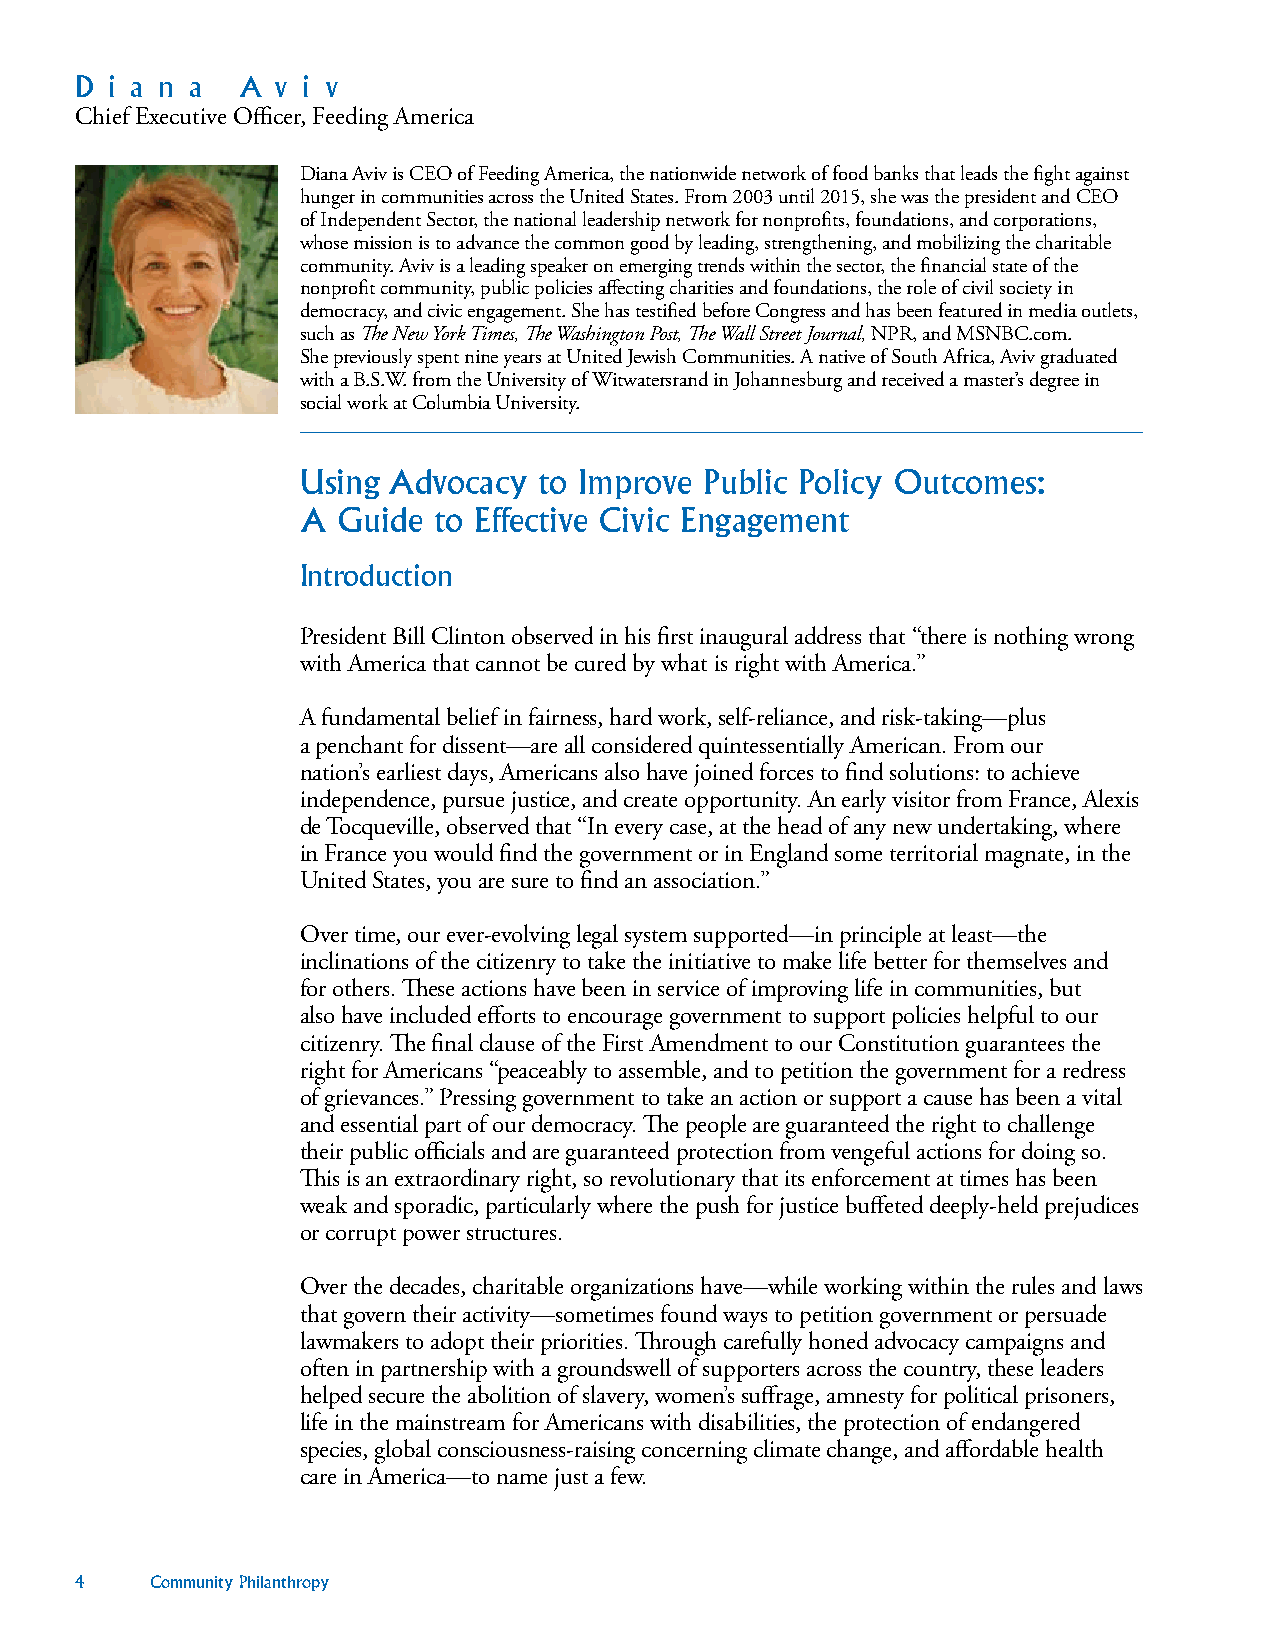
D i a n a  A v i v
 Chief Executive Officer, Feeding America
 Diana Aviv is CEO of Feeding America, the nationwide network of food banks that leads the fight against
 hunger in communities across the United States. From 2003 until 2015, she was the president and CEO
 of Independent Sector, the national leadership network for nonprofits, foundations, and corporations,
 whose mission is to advance the common good by leading, strengthening, and mobilizing the charitable
 community. Aviv is a leading speaker on emerging trends within the sector, the financial state of the
 nonprofit community, public policies affecting charities and foundations, the role of civil society in
 democracy, and civic engagement. She has testified before Congress and has been featured in media outlets,
 such as The New York Times, The Washington Post, The Wall Street Journal, NPR, and MSNBC.com.
 She previously spent nine years at United Jewish Communities. A native of South Africa, Aviv graduated
 with a B.S.W. from the University of Witwatersrand in Johannesburg and received a master’s degree in
 social work at Columbia University.
 Using Advocacy  to Improve Public Policy Outcomes:
 A Guide  to Effective Civic Engagement
 Introduction
 President Bill Clinton observed in his first inaugural address that “there is nothing wrong
 with America that cannot be cured by what is right with America.”
 A fundamental belief in fairness, hard work, self-reliance, and risk-taking—plus
 a penchant for dissent—are all considered quintessentially American. From our
 nation’s earliest days, Americans also have joined forces to find solutions: to achieve
 independence, pursue justice, and create opportunity. An early visitor from France, Alexis
 de Tocqueville, observed that “In every case, at the head of any new undertaking, where
 in France you would find the government or in England some territorial magnate, in the
 United States, you are sure to find an association.”
 Over time, our ever-evolving legal system supported—in principle at least—the
 inclinations of the citizenry to take the initiative to make life better for themselves and
 for others. These actions have been in service of improving life in communities, but
 also have included efforts to encourage government to support policies helpful to our
 citizenry. The final clause of the First Amendment to our Constitution guarantees the
 right for Americans “peaceably to assemble, and to petition the government for a redress
 of grievances.” Pressing government to take an action or support a cause has been a vital
 and essential part of our democracy. The people are guaranteed the right to challenge
 their public officials and are guaranteed protection from vengeful actions for doing so.
 This is an extraordinary right, so revolutionary that its enforcement at times has been
 weak and sporadic, particularly where the push for justice buffeted deeply-held prejudices
 or corrupt power structures.
 Over the decades, charitable organizations have—while working within the rules and laws
 that govern their activity—sometimes found ways to petition government or persuade
 lawmakers to adopt their priorities. Through carefully honed advocacy campaigns and
 often in partnership with a groundswell of supporters across the country, these leaders
 helped secure the abolition of slavery, women’s suffrage, amnesty for political prisoners,
 life in the mainstream for Americans with disabilities, the protection of endangered
 species, global consciousness-raising concerning climate change, and affordable health
 care in America—to name just a few.
 4    Community Philanthropy